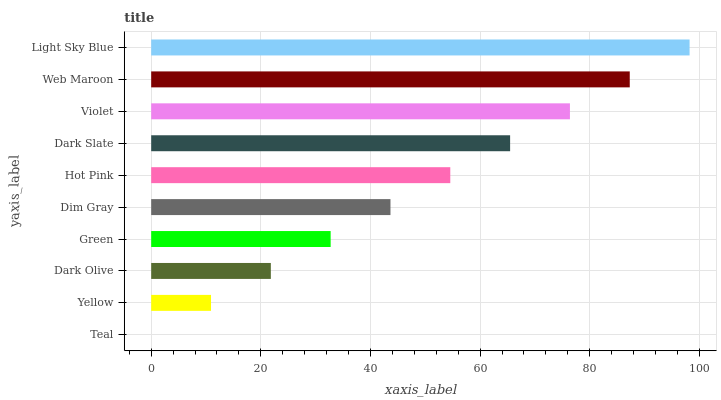
| yaxis_label | bars |
 | --- | --- |
 | Teal | 0 |
 | Yellow | 10.9 |
 | Dark Olive | 21.8 |
 | Green | 32.7 |
 | Dim Gray | 43.6 |
 | Hot Pink | 54.6 |
 | Dark Slate | 65.5 |
 | Violet | 76.4 |
 | Web Maroon | 87.3 |
 | Light Sky Blue | 98.2 |